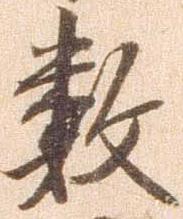
数